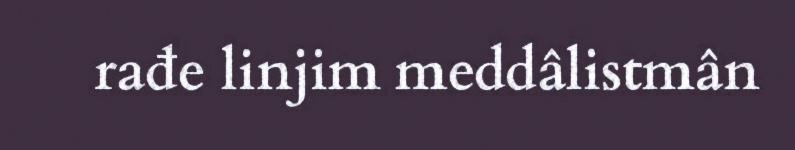
rađe linjim meddâlistmân